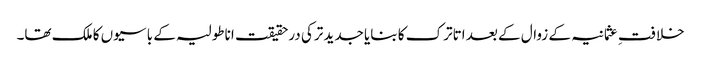
خلافتِ عثمانیہ کے زوال کے بعد اتاترک کا بنایا جدید ترکی درحقیقت اناطولیہ کے باسیوں کا ملک تھا۔